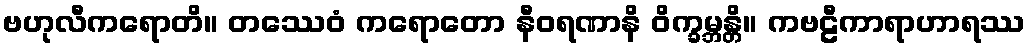
ဗဟုလီကရောတိ။ တဿေဝံ ကရောတော နီဝရဏာနိ ဝိက္ခမ္ဘန္တိ။ ကဗဠီကာရာဟာရဿ